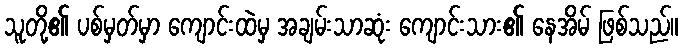
သူတို့၏ ပစ်မှတ်မှာ ကျောင်းထဲမှ အချမ်းသာဆုံး ကျောင်းသား၏ နေအိမ် ဖြစ်သည်။